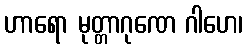
ဟာရော မုတ္တာဂုဏေ ဂါဟေ၊